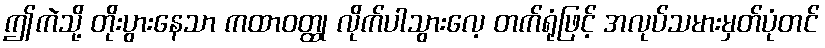
ဤကဲသို့ တိုးပွားနေသာ ကထာဝတ္ထု လိုက်ပါသွားလေ့ တက်ရုံဖြင့် အလုပ်သမားမှတ်ပုံတင်